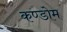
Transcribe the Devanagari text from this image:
कण्डोम